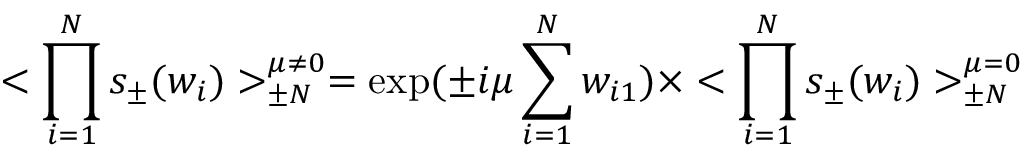
< \prod _ { i = 1 } ^ { N } s _ { \pm } ( w _ { i } ) > _ { \pm N } ^ { \mu \ne 0 } = \exp ( \pm i \mu \sum _ { i = 1 } ^ { N } w _ { i 1 } ) \times < \prod _ { i = 1 } ^ { N } s _ { \pm } ( w _ { i } ) > _ { \pm N } ^ { \mu = 0 }